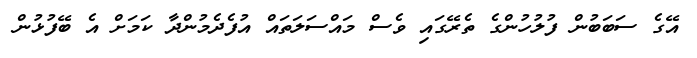
އޭގެ ސަބަބުން ފުލުހުންގެ ތެރޭގައި ވެސް މައްސަލަތައް އުފެދެމުންދާ ކަމަށް އެ ބޭފުޅުން